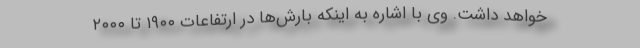
خواهد داشت. وی با اشاره به اینکه بارش‌ها در ارتفاعات ۱۹۰۰ تا ۲۰۰۰